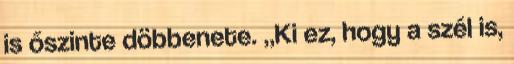
is őszinte döbbenete. „Ki ez, hogy a szél is,